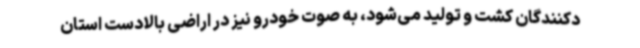
دکنندگان کشت و تولید می‌شود، به صوت خودرو نیز در اراضی بالادست استان